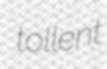
tollent